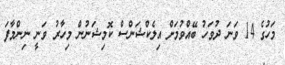
މަހުގެ 14 ވަނަ ދުވަހު ބޭއްވުމަށް އިލެކްޝަންސް ކޮމިޝަނުން މިހާރު ވަނީ ނިންމާފަ